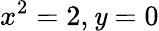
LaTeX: x^{2}=2,\mathit{y}=0